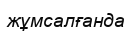
жұмсалғанда